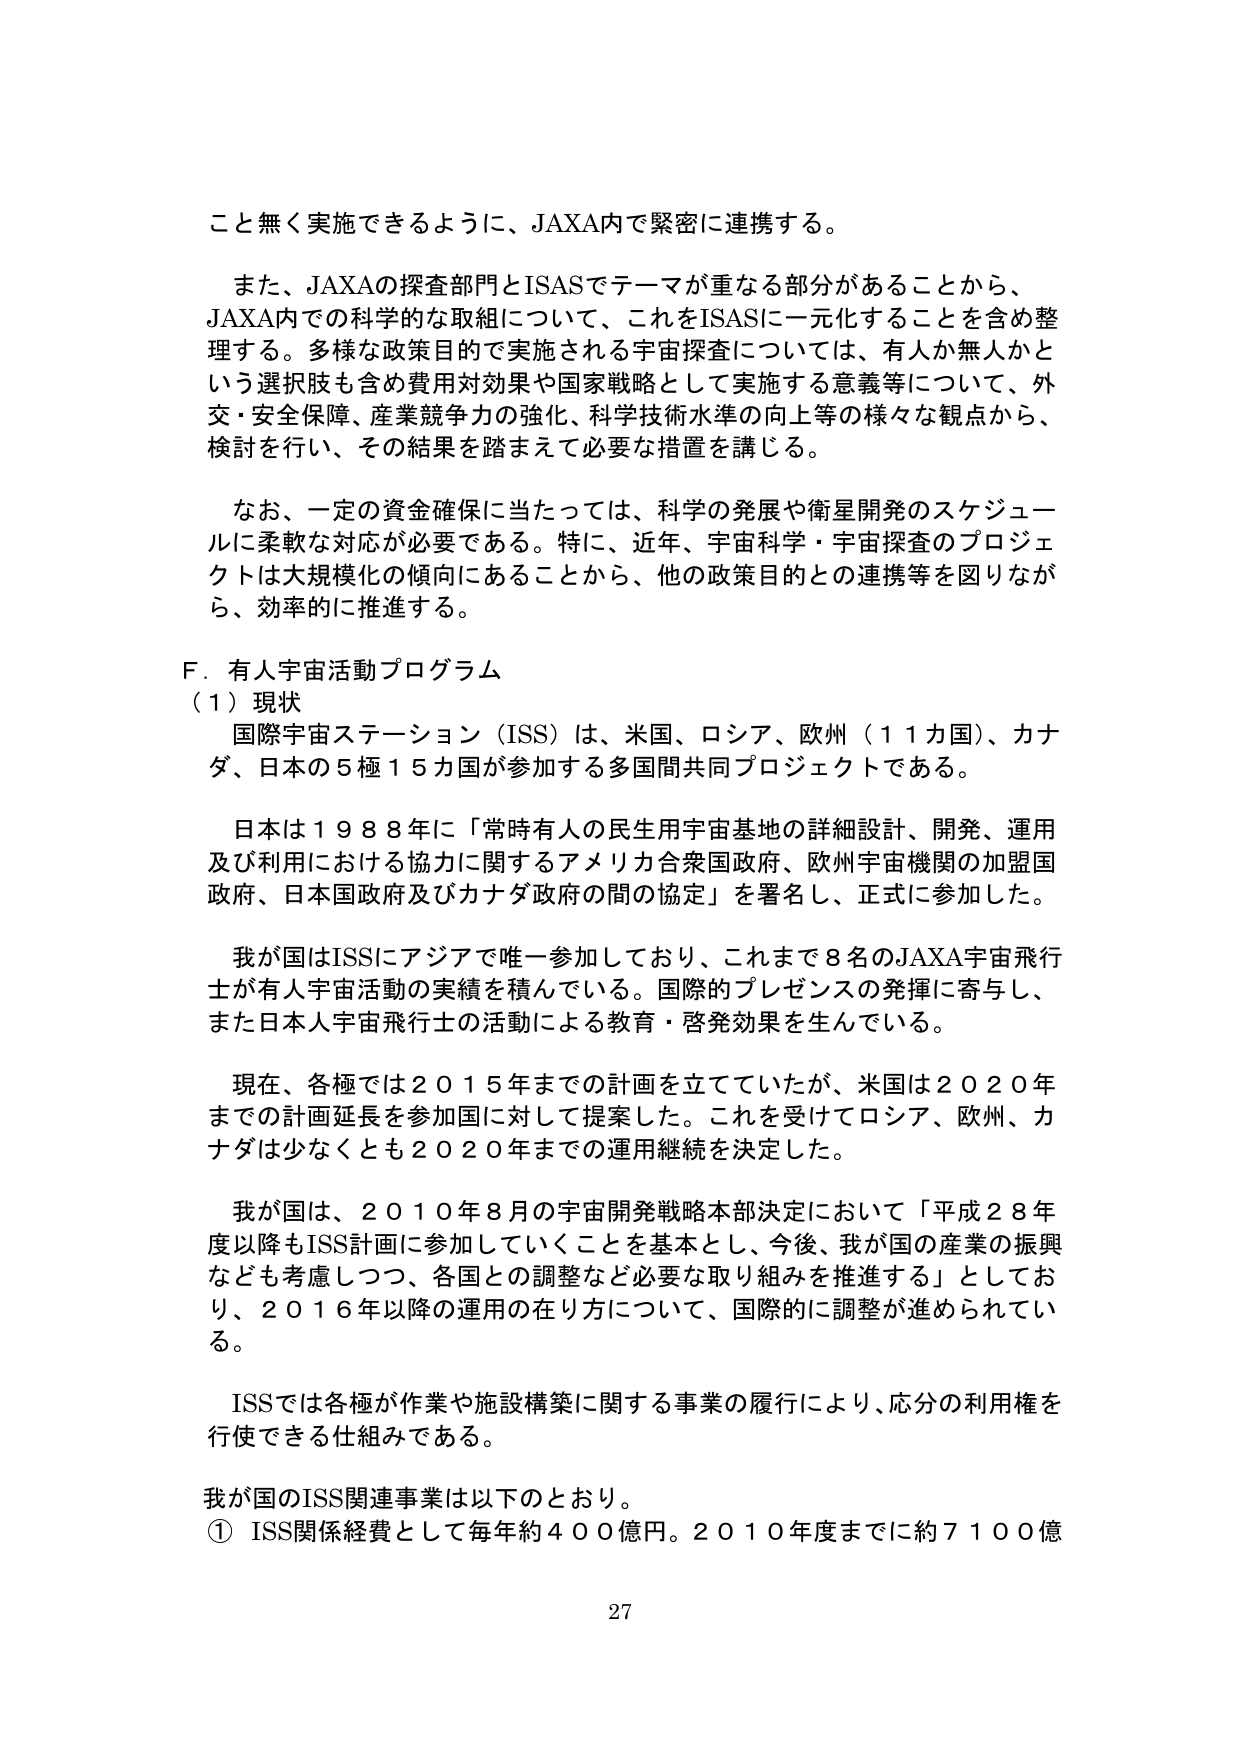
こと無く実施できるように、JAXA内で緊密に連携する。

また、JAXAの探査部門とISASでテーマが重なる部分があることから、
JAXA内での科学的な取組について、これをISASに一元化することを含め整理する。多様な政策目的で実施される宇宙探査については、有人か無人かという選択肢も含め費用対効果や国家戦略として実施する意義等について、外交・安全保障、産業競争力の強化、科学技術水準の向上等の様々な観点から、検討を行い、その結果を踏まえて必要な措置を講じる。

なお、一定の資金確保に当たっては、科学の発展や衛星開発のスケジュールに柔軟な対応が必要である。特に、近年、宇宙科学・宇宙探査のプロジェクトは大規模化の傾向にあることから、他の政策目的との連携等を図りながら、効率的に推進する。

F．有人宇宙活動プログラム
（1）現状
国際宇宙ステーション（ISS）は、米国、ロシア、欧州（11カ国）、カナダ、日本の5極15カ国が参加する多国間共同プロジェクトである。

日本は1988年に「常時有人の民生用宇宙基地の詳細設計、開発、運用及び利用における協力に関するアメリカ合衆国政府、欧州宇宙機関の加盟国政府、日本国政府及びカナダ政府の間の協定」を署名し、正式に参加した。

我が国はISSにアジアで唯一参加しており、これまで8名のJAXA宇宙飛行士が有人宇宙活動の実績を積んでいる。国際的プレゼンスの発揮に寄与し、また日本人宇宙飛行士の活動による教育・啓発効果を生んでいる。

現在、各極では2015年までの計画を立てていたが、米国は2020年までの計画延長を参加国に対して提案した。これを受けてロシア、欧州、カナダは少なくとも2020年までの運用継続を決定した。

我が国は、2010年8月の宇宙開発戦略本部決定において「平成28年度以降もISS計画に参加していくことを基本とし、今後、我が国の産業の振興なども考慮しつつ、各国との調整など必要な取り組みを推進する」としており、2016年以降の運用の在り方について、国際的に調整が進められている。

ISSでは各極が作業や施設構築に関する事業の履行により、応分の利用権を行使できる仕組みである。

我が国のISS関連事業は以下のとおり。
① ISS関係経費として毎年約400億円。2010年度までに約7100億

27